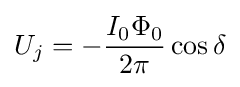
U_{j}=-{\frac {I_{0}\Phi _{0}}{2\pi }}\cos \delta